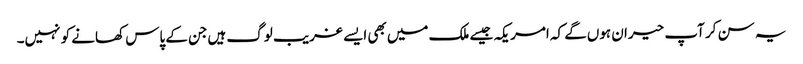
یہ سن کر آپ حیران ہوں‌گے کہ امریکہ جیسے ملک میں‌بھی ایسے غریب لوگ ہیں‌جن کے پاس کھانے کو نہیں۔